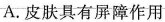
A.皮肤具有屏障作用